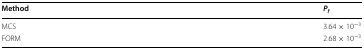
| Method | Pf |
 | --- | --- |
 | MCS | 3.64 × 10−3 |
 | FORM | 2.68 × 10−3 |